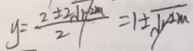
y = \frac { 2 \pm 2 \sqrt { 1 - 2 m } } { 2 } = 1 \pm \sqrt { 1 - 2 m }